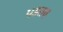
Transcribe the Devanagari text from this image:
पडतच